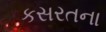
કસરતના